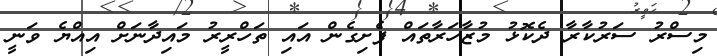
މިސްރު ސަރުކާރާ ދެކޮޅު މުޒާހަރާތައް ފެށިގެން އައި ތަހްރީރު މައިދާނަށް އިއްޔެ ވަނީ